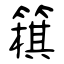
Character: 簯